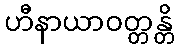
ဟီနာယာဝတ္တန္တိ